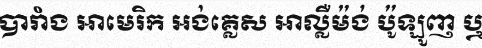
បារាំង អាមេរិក អង់គ្លេស អាល្លឺម៉ង់ ប៉ូឡូញ ឬ